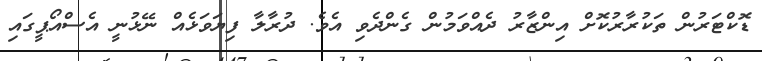
ޑޮކްޓަރުން ތަކުރާރުކޮށް އިންޒާރު ދެއްވަމުން ގެންދެވި އެވެ. ދުރާލާ ފިޔަވަޅެއް ނޭޅުނީ އެސްއޯޕީގައި